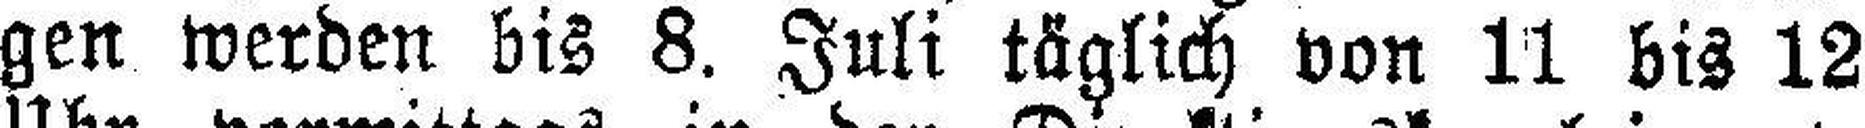
gen werden bis 8. Juli täglich von 11 bis 12